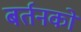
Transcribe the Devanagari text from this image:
बर्तनको